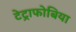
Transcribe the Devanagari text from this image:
टेट्राफोबिया